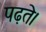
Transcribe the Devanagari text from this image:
पढ़ते।